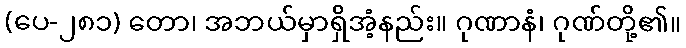
(ပေ-၂၈၁) တော၊ အဘယ်မှာရှိအံ့နည်း။ ဂုဏာနံ၊ ဂုဏ်တို့၏။